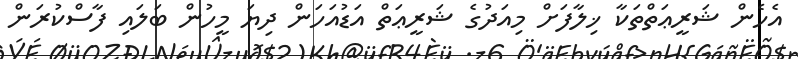
އެހެން ޝަރީޢަތްތަކާ ޚިލާފަށް މިއަދުގެ ޝަރީޢަތް އަޑުއަހަން ދިޔަ މީހުން ބަލައި ފާސްކުރަން